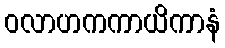
ဝလာဟကကာယိကာနံ